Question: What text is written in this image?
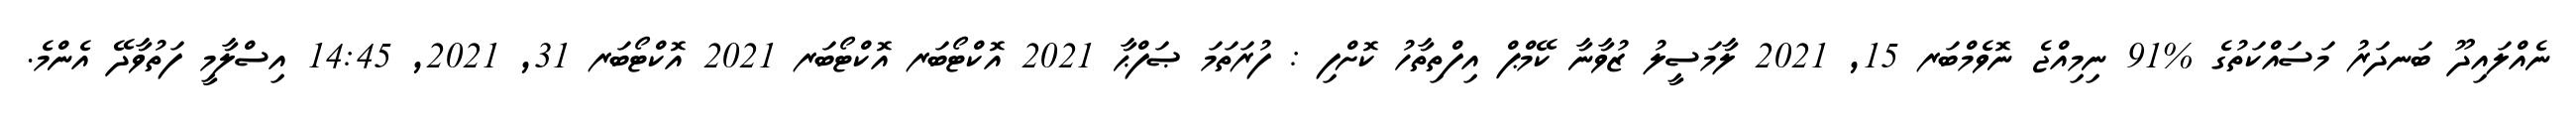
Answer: ނެއްލައިދޫ ބަނދަރު މަސައްކަތުގެ %91 ނިމިއްޖެ ނޮވެމްބަރ 15, 2021 ލާމަސީލު ޒުވާނާ ކޭމްޕް އިފްތިތާހު ކޮށްފި : ފުރަތަމަ ޞަފްޙާ 2021 އޮކްޓޯބަރ އޮކްޓޯބަރ 2021 އޮކްޓޯބަރ 31, 2021, 14:45 އިސްލާމީ ފަތުވާދޭ އެންމެ.